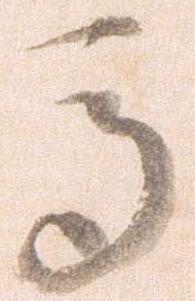
馬